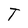
Character: T